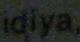
idiya